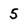
Character: 5